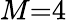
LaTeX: M{=}4